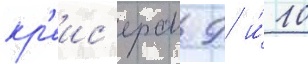
кр'еис'ерам 9 и́ 10